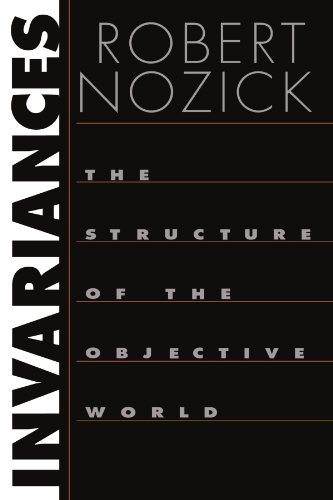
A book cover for Invariances: The Structure of the Objective World; Robert Nozick; Politics & Social Sciences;